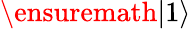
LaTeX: \ensuremath{\lvert{1}\rangle}